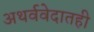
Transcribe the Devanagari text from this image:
अथर्ववेदातही